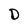
Character: D